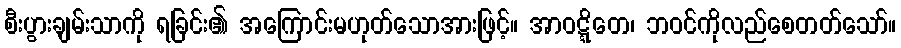
စီးပွားချမ်းသာကို ရခြင်း၏ အကြောင်းမဟုတ်သောအားဖြင့်။ အာဝဋ္ဋိတေ၊ ဘဝင်ကိုလည်စေတတ်သော်။